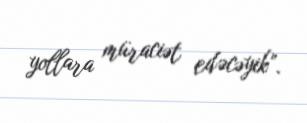
yollara müraciət edəcəyik”.